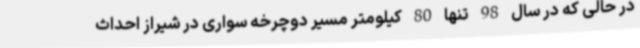
در حالی که در سال 98 تنها 80 کیلومتر مسیر دوچرخه سواری در شیراز احداث